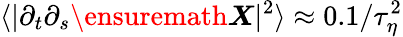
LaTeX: \langle|\partial_{t}\partial_{s}{\ensuremath\boldsymbol{X}}|^{2}\rangle\approx 0.1/\tau_{\eta}^{2}